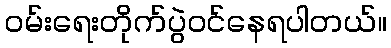
ဝမ်းရေးတိုက်ပွဲဝင်နေရပါတယ်။